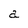
Character: a